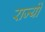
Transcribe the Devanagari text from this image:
राज्योंं